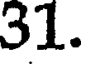
31.